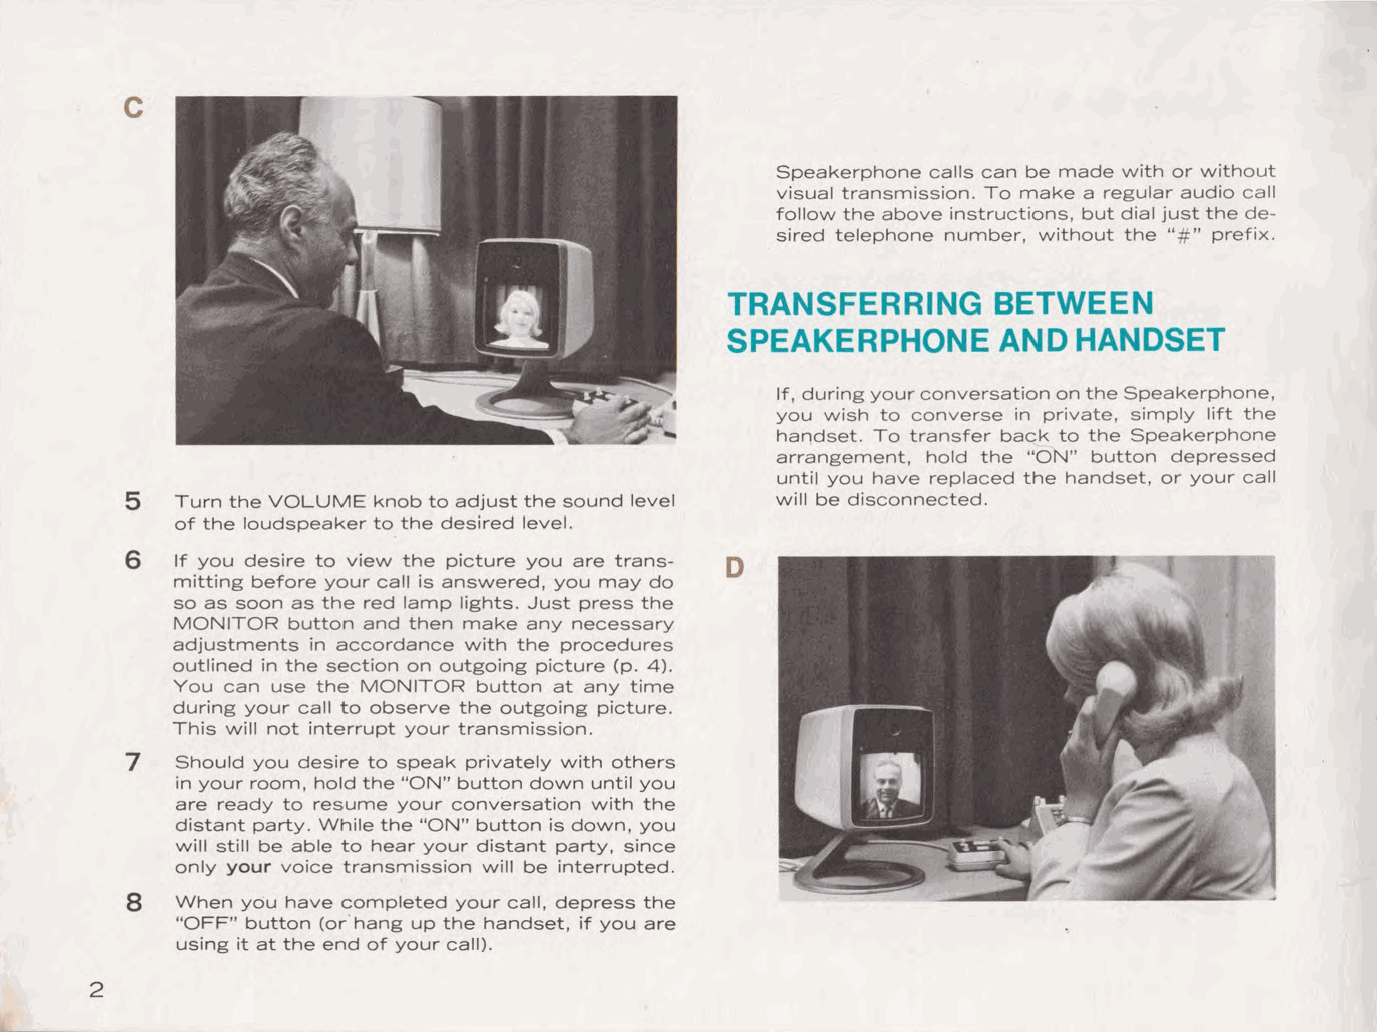
C
 Speakerphone calls can be made with or without
 visual transmission. To make a regular audio call
 follow the above instructions, but dial just the de
 sired telephone number, without the "#" prefix.
 TRANSFERRING      BETWEEN
 SPEAKERPHONE      AND  HANDSET
 If, during your conversation on the Speakerphone,
 you wish to converse in private, simply lift the
 handset. To transfer back to the Speakerphone
 arrangement, hold the "ON" button depressed
 until you have replaced the handset, or your call
 5   Turn the VOLUME knob to adjust the sound level will be disconnected.
 of the loudspeaker to the desired level.
 6   If you desire to view the picture you are trans D
 mitting before your call is answered, you may do
 so as soon as the red lamp lights. Just press the
 MONITOR button and then make any necessary
 adjustments in accordance with the procedures
 outlined in the section on outgoing picture (p. 4).
 You can use the MONITOR button at any time
 during your call to observe the outgoing picture.
 This will not interrupt your transmission.
 7
 Should you desire to speak privately with others
 in your room, hold the "ON" button down until you
 are ready to resume your conversation with the
 distant party. While the "ON" button is down, you
 will still be able to hear your distant party, since
 only your voice transmission will be interrupted.
 8
 When you have completed your call, depress the
 "OFF" button (or· hang up the handset, if you are
 using it at the end of your call).
 2